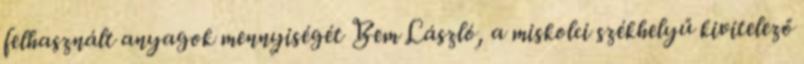
felhasznált anyagok mennyiségét Bem László, a miskolci székhelyű kivitelező